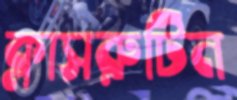
ক্লাসরুটিন